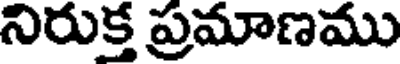
నిరుక్త ప్రమాణము